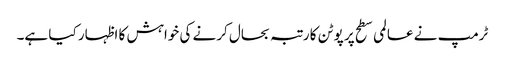
ٹرمپ نے عالمی سطح پر پوٹن کا رتبہ بحال کرنے کی خواہش کا اظہار کیا ہے۔